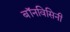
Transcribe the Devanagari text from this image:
बॉनविसिनी